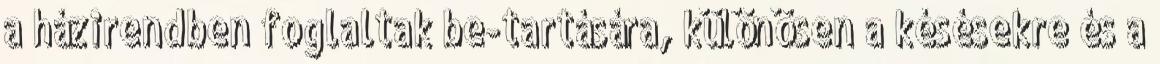
a házirendben foglaltak be-tartására, különösen a késésekre és a